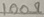
Text: 100Ω